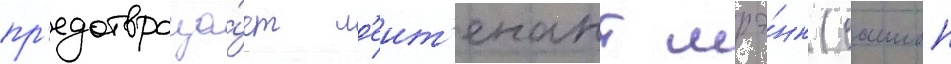
пр'едотвраща́ет л'еит'енант шрэ́нк (саимон